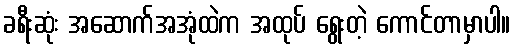
ခရီးဆုံး အဆောက်အအုံထဲက အထုပ် ရွေးတဲ့ ကောင်တာမှာပါ။